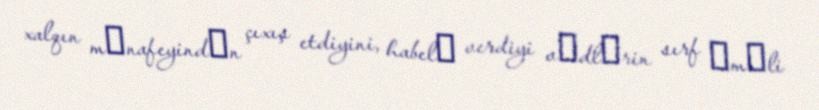
xalqın mәnafeyindәn çıxış etdiyini, habelә verdiyi vәdlәrin sırf әmәli